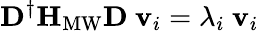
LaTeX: \mathbf{D}^{\dagger}\mathbf{H}_{\mathrm{MW}}\mathbf{D}\ \mathbf{v}_{i}=\lambda_{i}\ \mathbf{v}_{i}